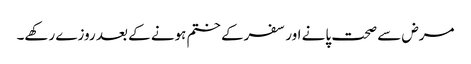
مرض سے صحت پانے اور سفرکے ختم ہونے کے بعد روزے رکھے۔